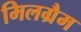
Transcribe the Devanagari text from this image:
मिलग्रैम